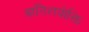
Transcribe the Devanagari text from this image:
आतिशयोक्ति